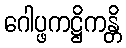
ဂေါပ္ဖကဋ္ဌိကန္တိ